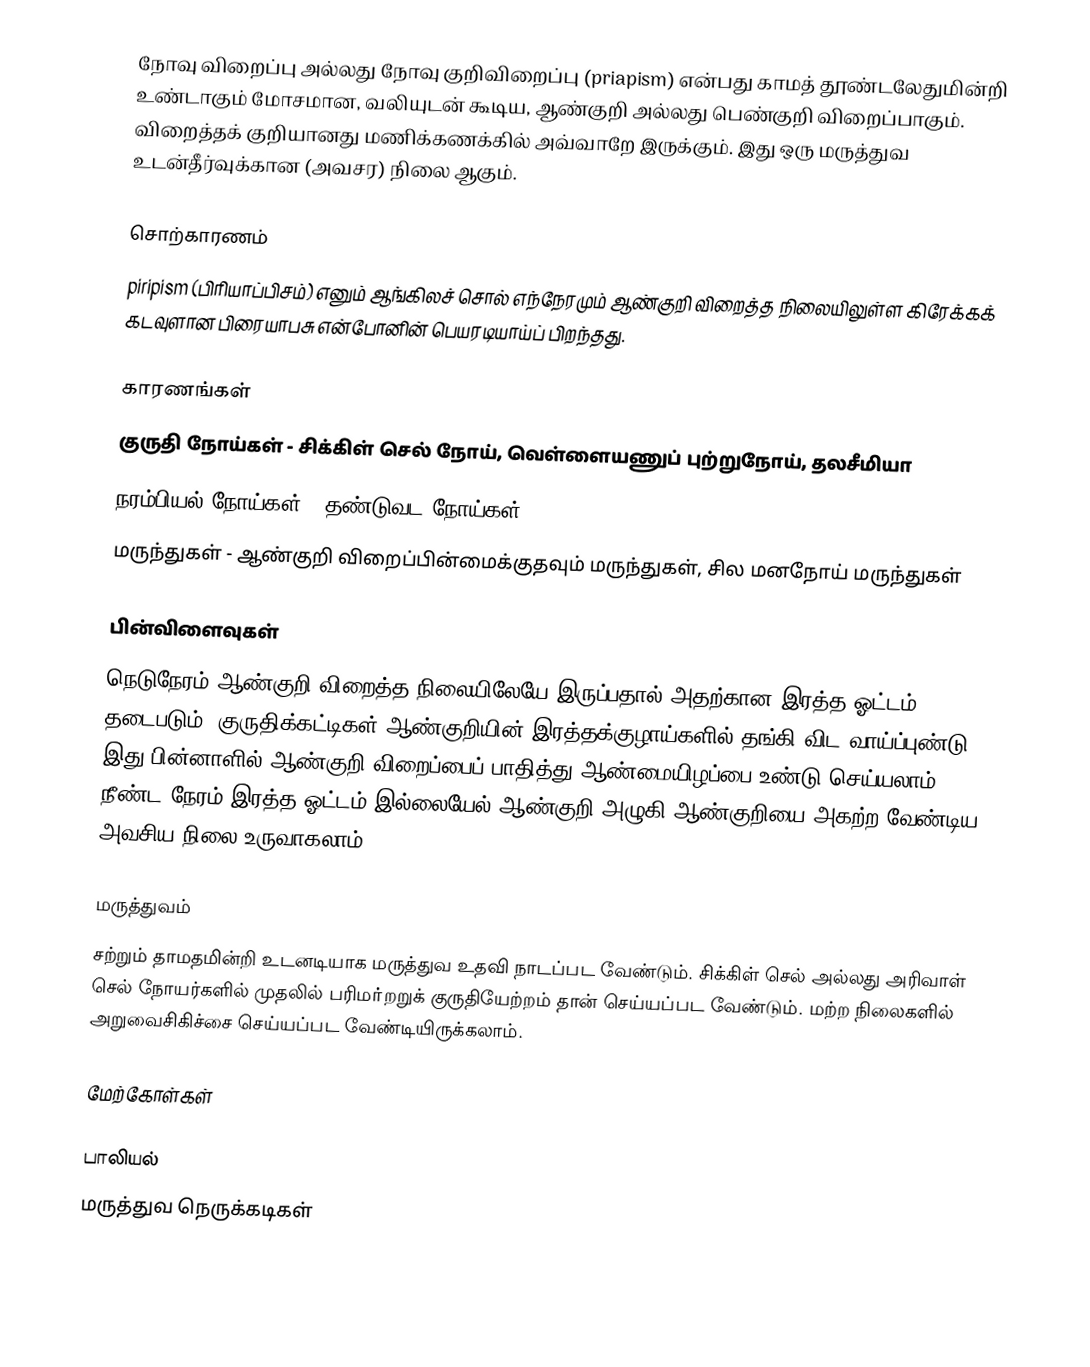
நோவு விறைப்பு அல்லது நோவு குறிவிறைப்பு (priapism) என்பது காமத் தூண்டலேதுமின்றி உண்டாகும் மோசமான, வலியுடன் கூடிய, ஆண்குறி அல்லது பெண்குறி விறைப்பாகும். விறைத்தக் குறியானது மணிக்கணக்கில் அவ்வாறே இருக்கும். இது ஒரு மருத்துவ உடன்தீர்வுக்கான (அவசர) நிலை ஆகும்.

சொற்காரணம்
piripism (பிரியாப்பிசம்) எனும் ஆங்கிலச் சொல் எந்நேரமும் ஆண்குறி விறைத்த நிலையிலுள்ள கிரேக்கக் கடவுளான பிரையாபசு என்போனின் பெயரடியாய்ப் பிறந்தது.

காரணங்கள்
 குருதி நோய்கள் - சிக்கிள் செல் நோய், வெள்ளையணுப் புற்றுநோய், தலசீமியா
 நரம்பியல் நோய்கள் - தண்டுவட நோய்கள்
 மருந்துகள் - ஆண்குறி விறைப்பின்மைக்குதவும் மருந்துகள், சில மனநோய் மருந்துகள்

பின்விளைவுகள்
நெடுநேரம் ஆண்குறி விறைத்த நிலையிலேயே இருப்பதால் அதற்கான இரத்த ஓட்டம் தடைபடும். குருதிக்கட்டிகள் ஆண்குறியின் இரத்தக்குழாய்களில் தங்கி விட வாய்ப்புண்டு. இது பின்னாளில் ஆண்குறி விறைப்பைப் பாதித்து ஆண்மையிழப்பை உண்டு செய்யலாம். நீண்ட நேரம் இரத்த ஓட்டம் இல்லையேல் ஆண்குறி அழுகி ஆண்குறியை அகற்ற வேண்டிய அவசிய நிலை உருவாகலாம்.

மருத்துவம்
சற்றும் தாமதமின்றி உடனடியாக மருத்துவ உதவி நாடப்பட வேண்டும். சிக்கிள் செல் அல்லது அரிவாள் செல் நோயர்களில் முதலில் பரிமா்றறுக் குருதியேற்றம் தான் செய்யப்பட வேண்டும். மற்ற நிலைகளில் அறுவைசிகிச்சை செய்யப்பட வேண்டியிருக்கலாம்.

மேற்கோள்கள்

பாலியல்
மருத்துவ நெருக்கடிகள்